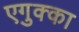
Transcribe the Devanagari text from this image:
एगुक्का